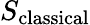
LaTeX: S_{\mathrm{classical}}